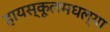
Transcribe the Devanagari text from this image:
हायस्कूलमधल्या